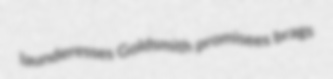
launderesses Goldsmith promisees brags